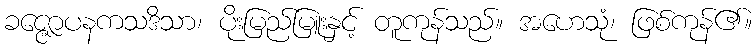
ခဇ္ဇောပနကသဒိသာ၊ ပိုးမြည်မြူးနှင့် တူကုန်သည်။ အဟေသုံ၊ ဖြစ်ကုန်၏။